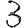
Digit: 3